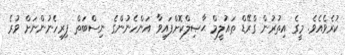
ކުރެވެއެވެ. މީގެ އިތުރުން ގްރޭޑް ތައުލީމް ޙާޞިލްކޮށްފައިވާ އަންހެނުންގެ ނިސްބަތް ފިރިހެނުންނަށް ވުރެ